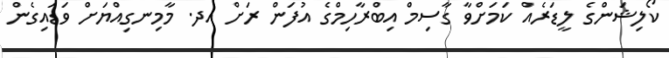
ކޯލިޝަންގެ ލީޑަރެއް ކަމަށްވާ ގާސިމް އިބްރާހިމްގެ އުފަން ރަށް އދ. މާމިނގިއްޔަށް ވަޑައިގެން